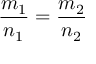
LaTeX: { \frac { m _ { 1 } } { n _ { 1 } } } = { \frac { m _ { 2 } } { n _ { 2 } } }